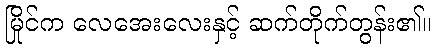
မြိုင်က လေအေးလေးနှင့် ဆက်တိုက်တွန်း၏။